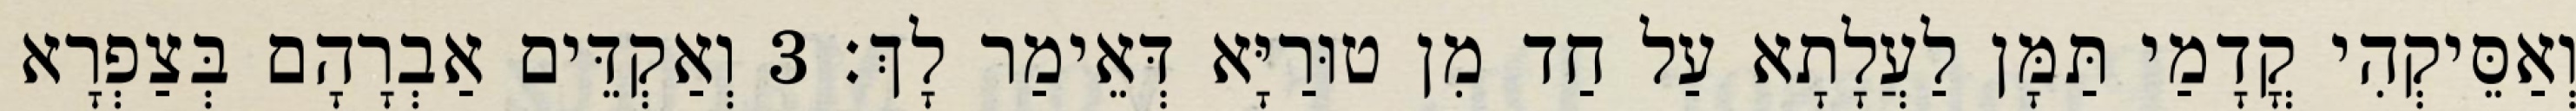
וְאַסֵּיקְהִי קֳדָמַי תַּמָּן לַעֲלָתָא עַל חַד מִן טוּרַיָּא דְּאֵימַר לָךְ׃ 3 וְאַקְדֵּים אַבְרָהָם בְּצַפְרָא